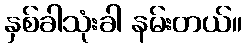
နှစ်ခါသုံးခါ နမ်းတယ်။